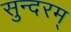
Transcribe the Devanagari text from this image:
सुन्‍दरम्